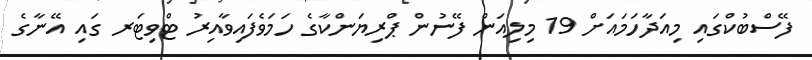
ފޭސްބުކްގައި މިއަދާހަމައަށް 19 މިލިއަން ފޭނުން ޕްރިޔަންކާގެ ހަމަވެފައިވާއިރު ޓްވިޓަރ ގައި އޭނާގެ